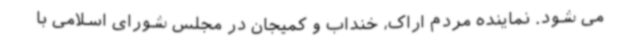
می شود. نماینده مردم اراک، خنداب و کمیجان در مجلس شورای اسلامی با